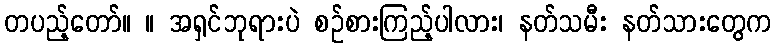
တပည့်တော်။ ။ အရှင်ဘုရားပဲ စဉ်စားကြည့်ပါလား၊ နတ်သမီး နတ်သားတွေက